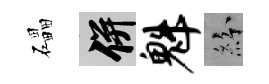
礧并魁紛